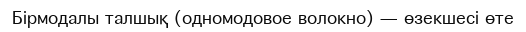
Бірмодалы талшық (одномодовое волокно) — өзекшесі өте